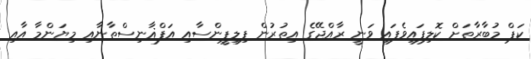
ކަޕް މުބާރާތަށް ކޮލިފައިވެފައި ވަނީ ރާއްޖޭގެ އިތުރުން ފިލިޕީންސާއި އަފްޣާނިސްތާނާއި މިޔަންމާ އާއި